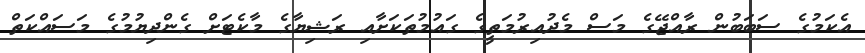
އެކަމުގެ ސަބަބުން ރާއްޖޭގެ މަސް މެދުއިރުމަތީގެ ގައުމުތަކަށާއި ރަޝިޔާގެ މާކެޓަށް ގެންދިޔުމުގެ މަސައްކަތް